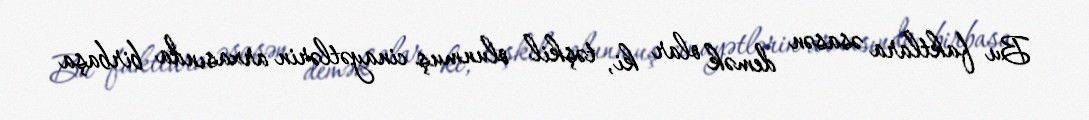
Bu faktlara əsasən demək olar ki, təşkil olunmuş cinayətlərin arxasında birbaşa